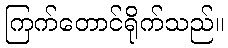
ကြက်တောင်ရိုက်သည်။